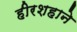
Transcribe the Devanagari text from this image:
हीरशहाने